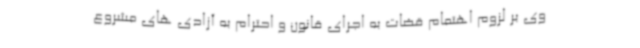
وی بر لزوم اهتمام قضات به اجرای قانون و احترام به آزادی های مشروع